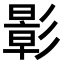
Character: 𪫉